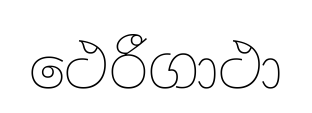
ථෙරීගාථා